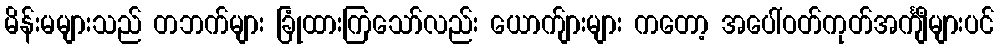
မိန်းမများသည် တဘက်များ ခြုံထားကြသော်လည်း ယောက်ျားများ ကတော့ အပေါ်ဝတ်ကုတ်အင်္ကျီများပင်